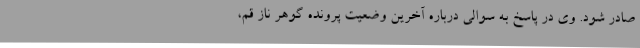
صادر شود. وی در پاسخ به سوالی درباره آخرین وضعیت پرونده گوهر ناز قم،